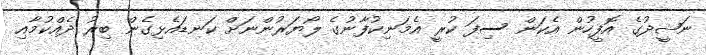
ނަޝީދުގެ އޮފީހުން އެކަން ސިފަ ކުރީ އެމަނިކުފާނުގެ ލޯޔަރުންނަށް ކަނޑައެޅިގެން ބިރު ދެއްކުމާއި